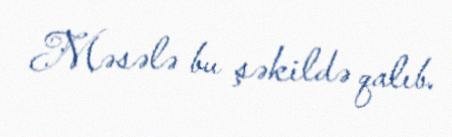
Məsələ bu şəkildə qalıb.